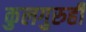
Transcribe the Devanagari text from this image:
कुलगुरुही